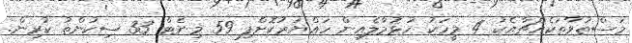
މަސްތުވާތަކެއްޗާއެކު 4 މީހަކު ހުޅުމާލެއިން ހައްޔަރުކޮށްފި 59 މިނެޓް 33 ސިކުންތު ކުރިން.